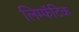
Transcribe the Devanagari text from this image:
लिम्फॅटिक